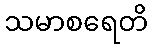
သမာစရေတိ